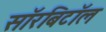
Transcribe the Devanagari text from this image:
सॉरबिटॉल